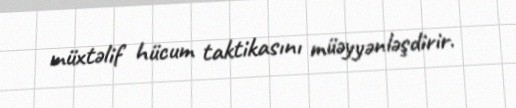
müxtəlif hücum taktikasını müəyyənləşdirir.